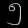
Digit: ၅